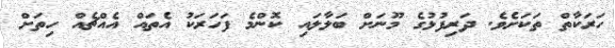
ހަރަކާތް ތަކަށެވެ. ދަރިފުޅުގެ މޫނަށް ބަލާލައި ކޮންމެ ފަހަރަކު އެތައް އެއްޗެއް ހިތަށް